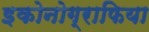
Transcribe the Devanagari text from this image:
इकोनोग्राफिया